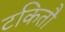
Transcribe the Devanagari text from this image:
टकितौ